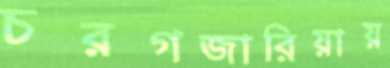
চরগজারিয়ায়